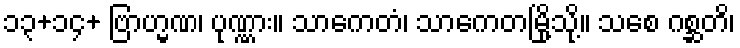
၁၃+၁၄+ ဗြာဟ္မဏ၊ ပုဏ္ဏား။ သာကေတံ၊ သာကေတမြို့သို့။ သစေ ဂစ္ဆတိ၊